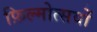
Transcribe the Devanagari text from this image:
फ़िल्मोत्सवों